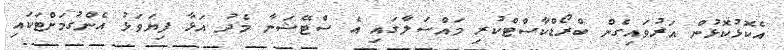
އެކޮޅުކޮޅުން އަރުވައިގެން ބްރޯޑްކާސްޓްކުރި މައްސަލާގައި އެ ސްޓޭޝަނާ މެދު އަޅާ ފިޔަވަޅު އެންގުމަށްޓަކައި